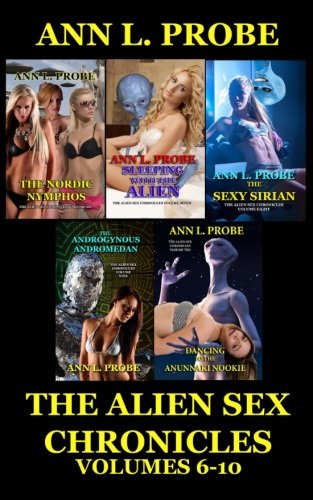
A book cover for The Alien Sex Chronicles Volumes 6-10: The Nordic Nymphos/Sleeping with the Alien/The Sexy Sirian/The Androgynous Andromedan/Dancing to the Anunnaki Nookie; Ann L. Probe; Romance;